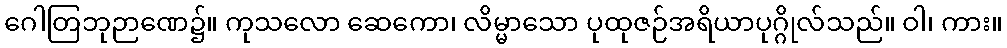
ဂေါတြဘုဉာဏေ၌။ ကုသလော ဆေကော၊ လိမ္မာသော ပုထုဇဉ်အရိယာပုဂ္ဂိုလ်သည်။ ဝါ၊ ကား။